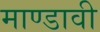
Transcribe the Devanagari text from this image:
माण्डावी